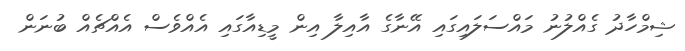
ޝިމްހާދު ގެއްލުނު މައްސަލައިގައި އޭނާގެ އާއިލާ އިން މީޑިއާގައި އެއްވެސް އެއްޗެއް ބުނަން